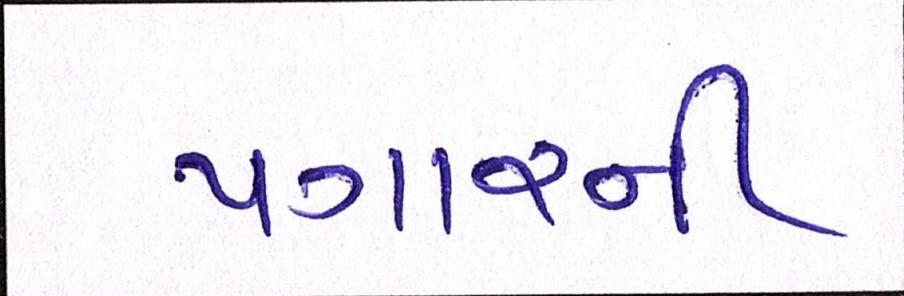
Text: પગારની